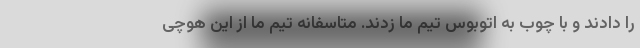
را دادند و با چوب به اتوبوس تیم ما زدند. متاسفانه تیم ما از این هوچی